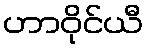
ဟာဝိုင်ယီ